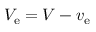
V _ { \mathrm { e } } = V - v _ { \mathrm { e } }